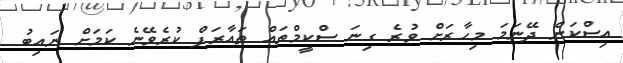
އިސްކަން ދޭނަމަ މިހާރަށް ވުރެ ގިނަ ސްކީމްތައް ތައާރަފް ކުރެވޭނެ ކަމަށް ނައިބު